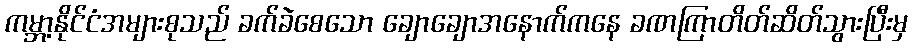
ကမ္ဘာ့နိုင်ငံအများစုသည် ခက်ခဲစေသော ချောချောအနောက်ကနေ ခဏကြာတိတ်ဆိတ်သွားပြီးမှ